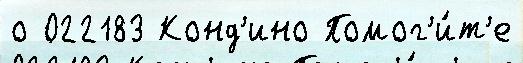
о 022183 Конд'ино Помог'и́т'е